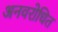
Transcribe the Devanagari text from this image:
अनवरोधित